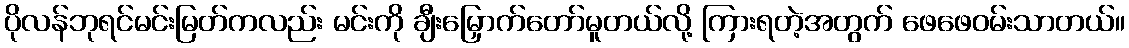
ပိုလန်ဘုရင်မင်းမြတ်ကလည်း မင်းကို ချီးမြှောက်တော်မူတယ်လို့ ကြားရတဲ့အတွက် ဖေဖေဝမ်းသာတယ်။